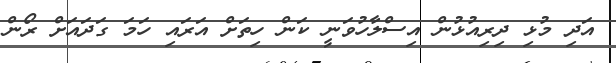
އަދި މުޅި ދިރިއުޅުން އިސްލާހުވަނީ ކަން ހިތަށް އަރައި ހަމަ ގަދައަށް ރޯން